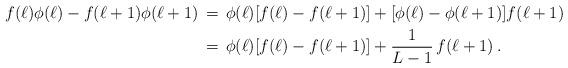
LaTeX: \begin{align*}f(\ell) \phi(\ell) - f(\ell+1)\phi(\ell+1)\,&=\, \phi(\ell) [f(\ell)-f(\ell+1)] + [\phi(\ell)-\phi(\ell+1)] f(\ell+1)\\ &=\, \phi(\ell) [f(\ell)-f(\ell+1)] + \frac{1}{L-1}\, f(\ell+1)\, .\end{align*}